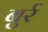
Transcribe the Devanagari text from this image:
बुर्र